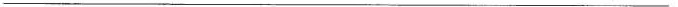
___